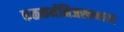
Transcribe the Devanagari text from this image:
कळकर्मनिजस्वभावा